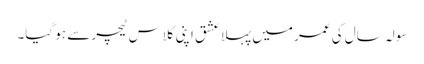
سولہ سال کی عمر میں پہلا عشق اپنی کلاس ٹیچر سے ہو گیا۔